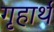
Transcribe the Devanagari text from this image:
गृहार्थ